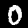
Digit: 0